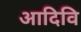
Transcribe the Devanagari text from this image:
आदिवि